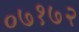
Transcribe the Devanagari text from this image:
०७१७२